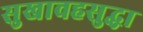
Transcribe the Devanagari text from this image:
सुखावहसुद्धा